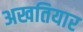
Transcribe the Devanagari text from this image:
अखतियार